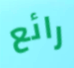
رائع